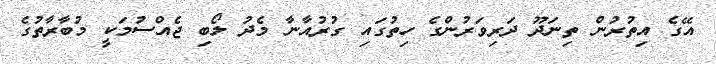
އޭގެ އިތުރުން ތިނަދޫ ދަރިވަރުންގެ ހިތުގައި ގުރުއާނާ މެދު ލޯބި ޖެއްސުމަކީ މުބާރާތުގެ